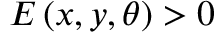
E \left( x , y , \theta \right) > 0